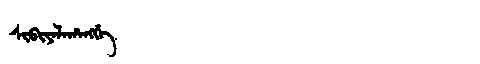
Manchu: ᠰᡳᠪᡳᠶᠠᠯᠠᡥᠠᠩᡤᡝ
Romanization: SIBIYALAHANGGE